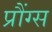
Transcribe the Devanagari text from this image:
प्रौंग्स